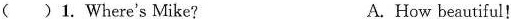
( )1.Where's Mike? A.How beautiful!